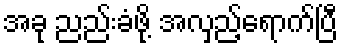
အခု ညည်းခံဖို့ အလှည့်ရောက်ပြီ